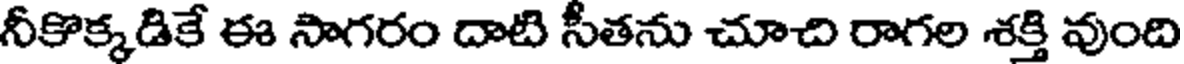
నీకొక్కడికే ఈ సాగరం దాటి సీతను చూచి రాగల శక్తి వుంది